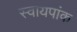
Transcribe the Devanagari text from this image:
स्वायपांक